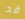
قد